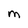
Character: M